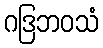
ဂဒြဘဝသံ